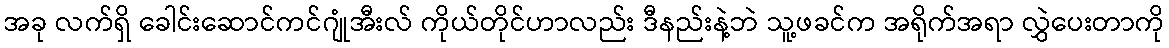
အခု လက်ရှိ ခေါင်းဆောင်ကင်ဂျုံအီးလ် ကိုယ်တိုင်ဟာလည်း ဒီနည်းနဲ့ဘဲ သူ့ဖခင်က အရိုက်အရာ လွှဲပေးတာကို